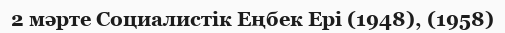
2 мәрте Социалистік Еңбек Ері (1948), (1958)